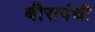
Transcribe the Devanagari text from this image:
बीसपंथी